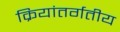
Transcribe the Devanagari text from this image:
क्रियांतर्गतीय